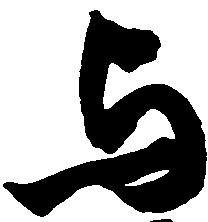
与